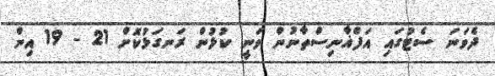
ދެވަނަ ސެޓުގައި އަފްޣާނިސްތާނުން ވަނީ ކުޅުން ރަނގަޅުކޮށް 21 - 19 އިން